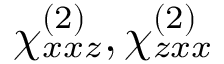
\chi _ { x x z } ^ { ( 2 ) } , \chi _ { z x x } ^ { ( 2 ) }